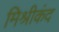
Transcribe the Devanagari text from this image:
मिश्रीकंद